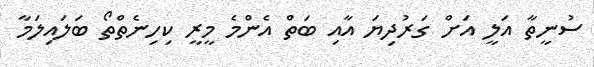
ސުނީތާ އަލީ އަށް ގަރުދިޔަ އާއި ބަތް އެންމެ މީރީ ކިހިނެތްތޯ ބަލައިލަމާ